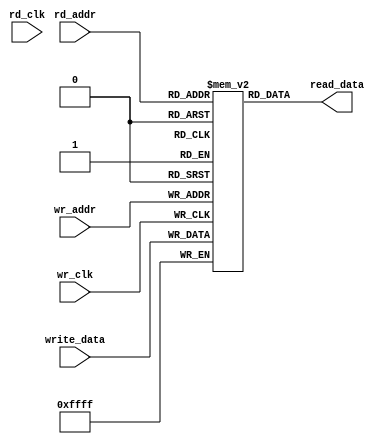
//****************************************Copyright 2014[c]************************//
// ************************Declaration*********************************************//
// Version Number:   1.0                                                           //
// Abstract:                                                                       //
// Modification history:[including time, version, author and abstract]             //
// 2014/8/25 14:53:32 	        version 1.0     xxx                                //
// Abstract: Initial                                                               //
//                                                                                 //
// *********************************end********************************************//

//  
//
//	            
//
//
//
//
//   
//   
//   
//   
// bug
//
//
//
module dp_ram
#(
	parameter
	DATA_WIDTH = 16,
	ADDR_WIDTH = 4,
	DEPTH = 2**ADDR_WIDTH
)
( 
     input wire                     wr_clk    ,
     input wire  [DATA_WIDTH-1 : 0] write_data,     
     input wire  [ADDR_WIDTH-1 : 0] wr_addr   ,
     
     input  wire                    rd_clk    ,
     output wire [DATA_WIDTH-1 : 0] read_data ,     
     input  wire [ADDR_WIDTH-1 : 0] rd_addr       
);



reg [DATA_WIDTH-1 : 0] mem [DEPTH-1 : 0];

always @ (posedge wr_clk)
	mem[wr_addr] <= write_data;

assign read_data = mem[rd_addr];

endmodule